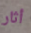
أثار